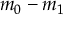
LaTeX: m _ { 0 } - m _ { 1 }